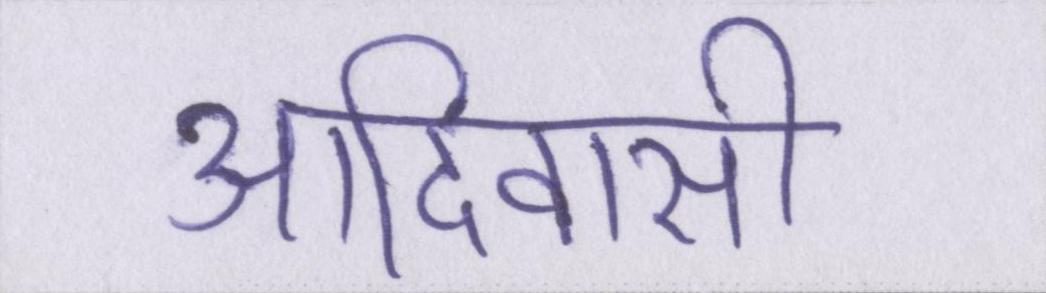
आदिवासी